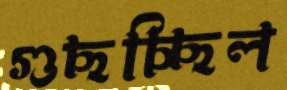
গুছচ্ছিল